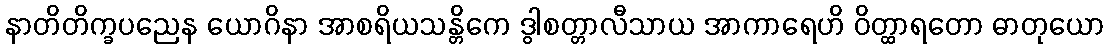
နာတိတိက္ခပညေန ယောဂိနာ အာစရိယသန္တိကေ ဒွါစတ္တာလီသာယ အာကာရေဟိ ဝိတ္ထာရတော ဓာတုယော